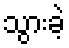
သွားခဲ့